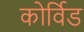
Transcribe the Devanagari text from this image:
कोर्विड